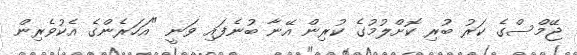
ޖޭމްސްގެ ކަރު ބުރި ކޮށްލުމުގެ ކުރިން އޭނާ ބުނެފައި ވަނީ "އަހަރެންގެ އެކުވެރިން